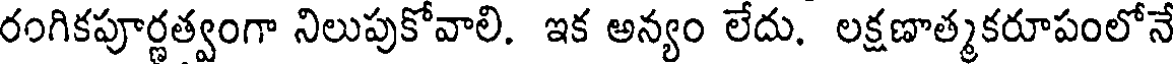
రంగికపూర్ణత్వంగా నిలుపుకోవాలి. ఇక అన్యం లేదు. లక్షణాత్మకరూపంలోనే